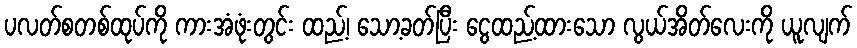
ပလတ်စတစ်ထုပ်ကို ကားအံဖုံးတွင်း ထည့်၊ သော့ခတ်ပြီး ငွေထည့်ထားသော လွယ်အိတ်လေးကို ယူလျက်